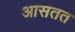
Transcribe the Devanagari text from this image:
आसतत